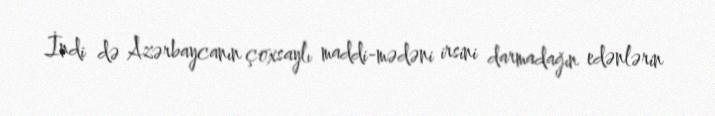
İndi də Azərbaycanın çoxsaylı maddi-mədəni irsini darmadağın edənlərin